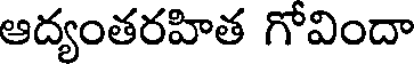
ఆద్యంతరహిత గోవిందా